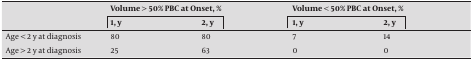
|  | <COLSPAN=2> Volume > 50% PBC at Onset, % | <COLSPAN=2> Volume < 50% PBC at Onset, % |
 |  | 1, y | 2, y | 1, y | 2, y |
 | --- | --- | --- | --- | --- |
 | Age < 2 y at diagnosis | 80 | 80 | 7 | 14 |
 | Age > 2 y at diagnosis | 25 | 63 | 0 | 0 |